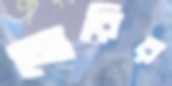
মোরির